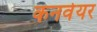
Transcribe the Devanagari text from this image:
कनवेयर